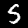
Digit: 5